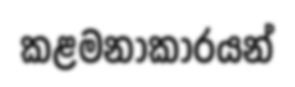
කළමනාකාරයන්